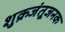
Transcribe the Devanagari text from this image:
शुक्रजंतूजनक